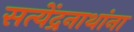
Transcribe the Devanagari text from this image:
सत्येंद्रनाथांना